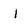
Character: l